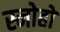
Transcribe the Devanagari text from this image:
स्नोहो